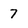
Character: 7